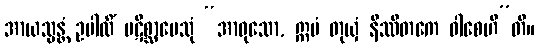
အာယသ္မန္တံ ဥပါလိံ ပဋိစ္ဆာပေသုံ “အာဝုသော, ဣမံ တုယှံ နိဿိတကေ ဝါစေဟီ”တိ။